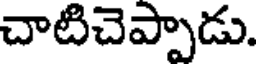
చాటిచెప్పాడు.